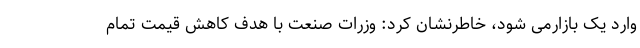
وارد یک بازارمی شود، خاطرنشان کرد: وزرات صنعت با هدف کاهش قیمت تمام